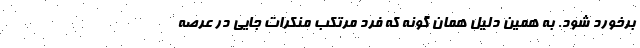
برخورد شود. به همین دلیل همان­ گونه که فرد مرتکب منکرات جایی در عرصه